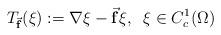
LaTeX: \begin{align*} T_{\vec{{\bf f}}}(\xi):= \nabla \xi - \vec{{\bf f}} \xi,\;\; \xi \in C_c^{1}(\Omega)\end{align*}